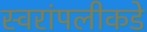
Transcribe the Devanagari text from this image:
स्वरांपलीकडे